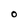
Character: o